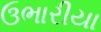
ઉભારીયા